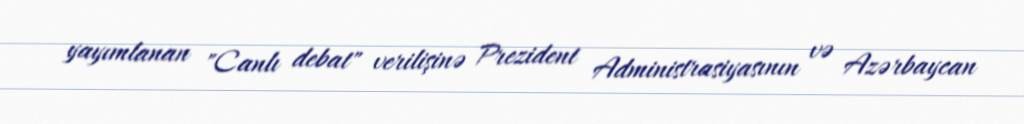
yayımlanan "Canlı debat" verilişinə Prezident Administrasiyasının və Azərbaycan